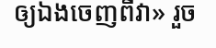
ឲ្យឯងចេញពីវា» រួច